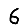
Digit: 6